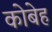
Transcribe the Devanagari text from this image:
कोबेह